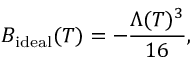
B _ { \mathrm { i d e a l } } ( T ) = - \frac { \Lambda ( T ) ^ { 3 } } { 1 6 } ,